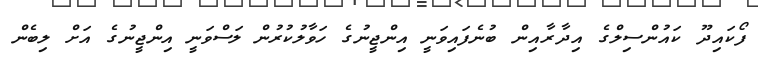
ފޯކައިދޫ ކައުންސިލްގެ އިދާރާއިން ބުނެފައިވަނީ އިންޖީނުގެ ހަވާލުކުރުން ލަސްވަނީ އިންޖީނުގެ އަށް ލިބެން